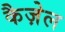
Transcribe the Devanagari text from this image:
कैज़ेल